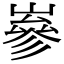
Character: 嵾